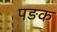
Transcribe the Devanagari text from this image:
पङक